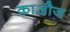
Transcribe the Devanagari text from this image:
काऔज